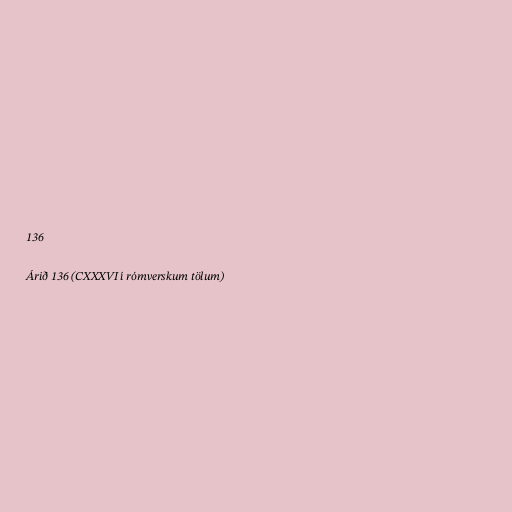
136

Árið 136 (CXXXVI í rómverskum tölum)